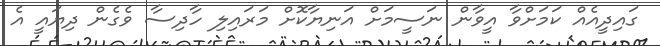
ގައިދީއެއް ކަމަށްވާ އީވާން ނަސީމަށް އަނިޔާކޮށް މަރައިލި ހާދިސާ ވެގެން ދިޔައީ އެ